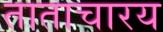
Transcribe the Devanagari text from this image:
ताताचारय